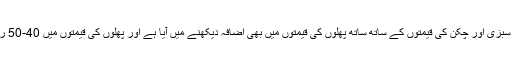
وفاقی دارلحکومت اسلام آباد میں سبزی اور چکن کی قیمتوں کے ساتھ ساتھ پھلوں کی قیمتوں میں بھی اضافہ دیکھنے میں آیا ہے اور پھلوں کی قیمتوں میں 40-50 روپے تک اضافہ دیکھنے میں آیا۔